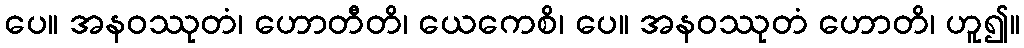
ပေ။ အနဝဿုတံ၊ ဟောတီတိ၊ ယေကေစိ၊ ပေ။ အနဝဿုတံ ဟောတိ၊ ဟူ၍။